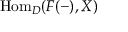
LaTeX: { \mathrm { H o m } } _ { D } ( F ( - ) , X )